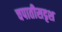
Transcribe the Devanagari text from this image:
चपातीसदृश